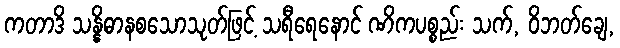
ကတာဒိ သန္နိဓာနစသောသုတ်ဖြင့် သရီရေနောင် ဏိကပစ္စည်း သက်, ဝိဘတ်ချေ,